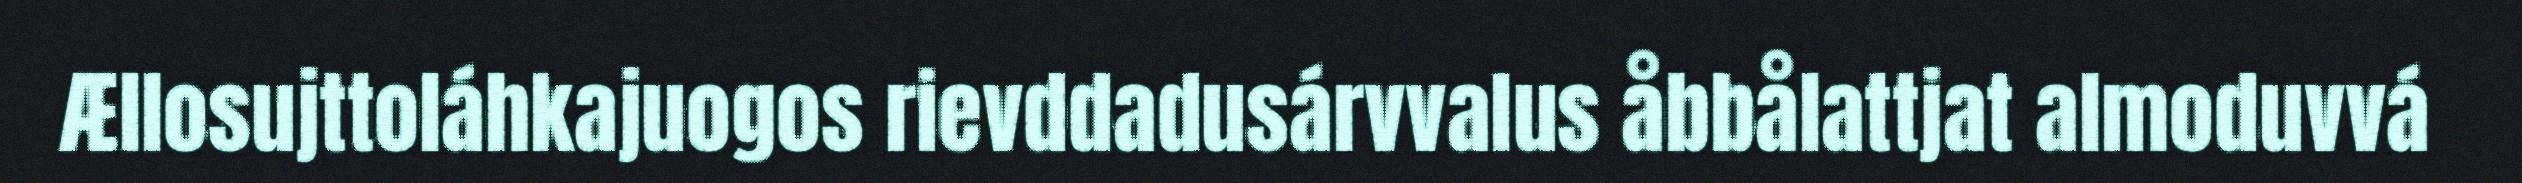
Ællosujttoláhkajuogos rievddadusárvvalus åbbålattjat almoduvvá